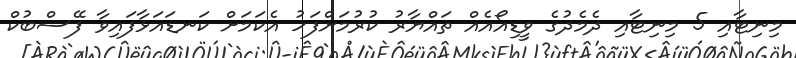
މިނިޓާއި 5 މިނިޓާއި ދެމެދުގެ ވީޑިއޯއެއް ތައްޔާރު ކުރުމަށްފަހު އެކަމަށް ކަނޑައަޅާފައިވާ ފޭސްބުކް